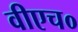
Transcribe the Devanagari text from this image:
वीएच०